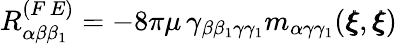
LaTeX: R_{\alpha\beta\beta_{1}}^{(F\, E)}=-8\pi\mu\, \gamma_{\beta\beta_{1}\gamma\gamma_{1}}m_{\alpha\gamma\gamma_{1}}({\pmb\xi},{\pmb\xi})